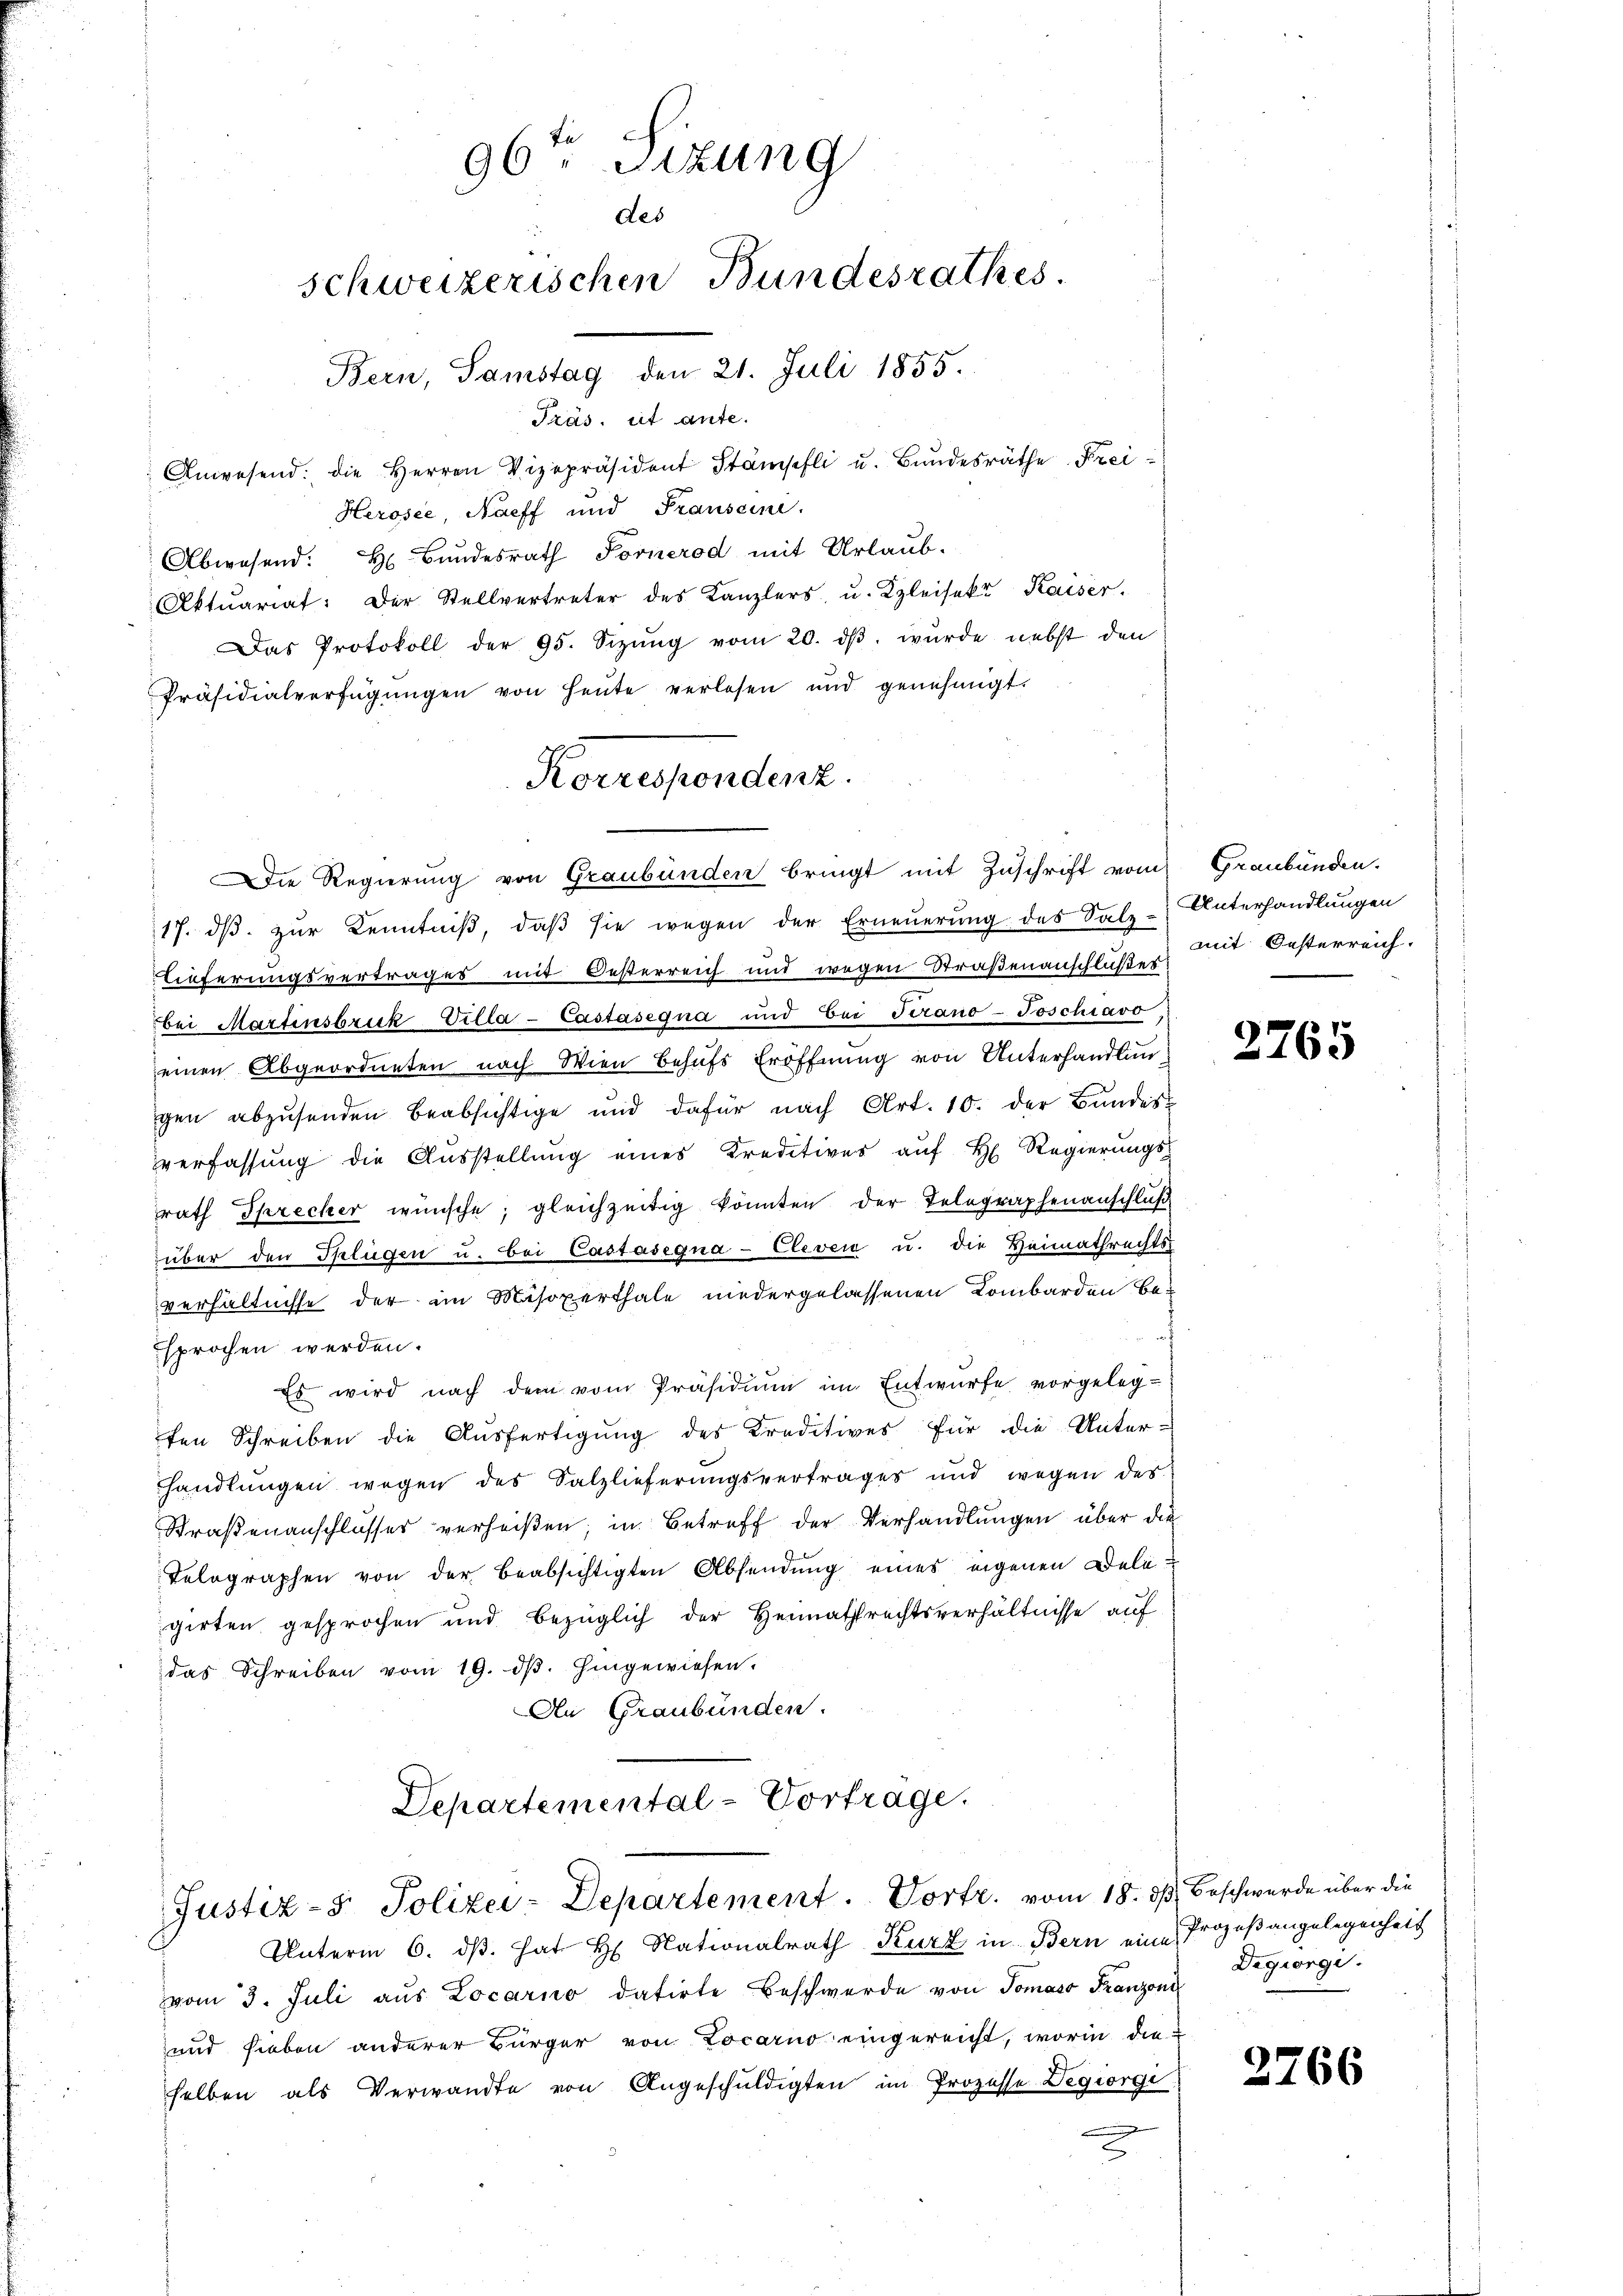
Präs. cit ante.
Anwesend: die Herren Vizepräsident Stämpfli u. Bundesräthe Frei¬
Herosee, Naeff und Frauseine.
Abwesend: H. Bundesrath Fornerod mit Urlaub.
Aktuariat: Der Stellvertreter des Kanzlers u. Kleisekt Kaiser-
Das Protokoll der 95. Sizŭng vom 20. dβ. wurde nebst den
Präsidialverfügŭngen von heŭte verlesen und genehmigt.
 Die Regierung von Graubünden bringt mit Zuschrift vom Graubünden.
17. dβ. zur Kenntniß, daß sie wegen der Erneuerung des Salz-Unterhandlungen
Lieferungsvertrages mit Oesterreich und wegen Straßenanschlußes
bei Martinsbruk Villa-Cassasegna und bei Terano- Toschiavo,
einen Abgeordneten nach Wien behufs Eröffnung von Unterhandlun
gen abzŭsenden beabsichtige und dafür nach Art. 10. der Bŭndes
verfassung die Aŭsstellŭng eines Kreditives aŭf H. Regierŭngs-
rath Sprecher wünsche; gleichzeitig könnten der Telegraphenanschluß
über den Splügen u. bei Castasegna-Cleven u. die Heimathrechts-
verhältnisse der im Misoxerthale niedergelassenen Lombarden be-
f
sprochen werden.
Es wird nach dem vom Präsidium im Entwurfe vorgeleg-
ten Schreiben die Ausfertigung des Kreditives für die Unter-
handlungen wegen des Salzlieferungsvertrages und wegen der
Straßenanschlusser verheißen; in Betreff der Verhandlungen über die
Telographen von der beabsichtigten Absendung eines eigenen Deligirten gesprochen und bezüglich der Heimathrechtsverhältnisse auf
das Schreiben vom 19. dβ. hingewiesen.
An Graubünden.
Departemental-Vortrage.
Justiz- & Polizei-Departement. Vortr. vom 18. dß. Beschwerde über die
Unterm 6. dβ. hat H. Nationalrath Kurz in Bern eine Prozeßangelegenheit
vom 3. Juli aus Locarno datirte Beschwerde von Tomoso Franzoni
und sieben anderer Bürger von Locarno eingereicht, worin die
selben als Verwandte von Angeschuldigten im Prozesse Degiorgi

96ten Sitzung
des
schweizerischen Bundesrathes.
Bern, Samstag den 21. Juli 1855.

Korrespondenz.

mit Oesterreich.

2765

Degiorgi

2766